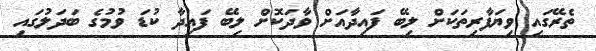
ތެރޭގައި ވިޔަފާރިތަކަށް ލިބޭ ފައިދާއަށް ވާދަކޮށް ލިބޭ ފައިދާ ކުޑަ ވުމުގެ ބަދަލުގައި